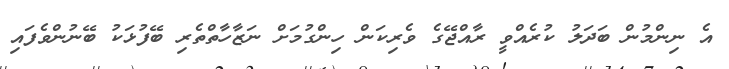
އެ ނިންމުން ބަދަލު ކުރެއްވީ ރާއްޖޭގެ ވެރިކަން ހިންގުމަށް ނަޒާހާތްތެރި ބޭފުޅަކު ބޭނުންވެފައި